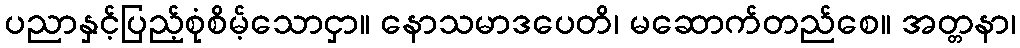
ပညာနှင့်ပြည့်စုံစိမ့်သောငှာ။ နောသမာဒပေတိ၊ မဆောက်တည်စေ။ အတ္တနာ၊